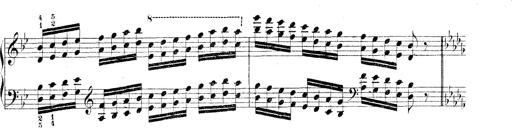
Title: Technische Studien
Composer: Franz Liszt